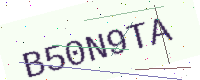
Text: B50N9TA